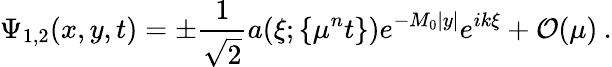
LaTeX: \Psi_{1,2}(x,y,t)=\pm\displaystyle\frac{1}{\sqrt{2}}a(\xi;\left\{ \mu^{n}t\right\} )e^{-M_{0}|y|}e^{ik\xi}+\mathcal{O}(\mu)\: .